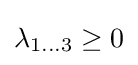
\lambda _{1...3}\geq 0